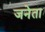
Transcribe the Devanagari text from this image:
जनेता